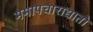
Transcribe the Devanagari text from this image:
ममापचाराद्यातो